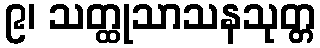
၉၊ သတ္ထုသာသနသုတ္တ